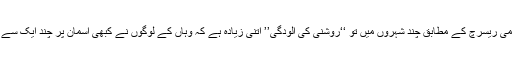
نیو اٹلس آف لائٹ پلیوشن نامی ریسرچ کے مطابق چند شہروں میں تو ‘‘روشنی کی آلودگی’’ اتنی زیادہ ہے کہ وہاں کے لوگوں نے کبھی آسمان پر چند ایک سے زیادہ ستارے نہیں دیکھے۔